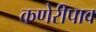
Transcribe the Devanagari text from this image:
कणेरीपाव